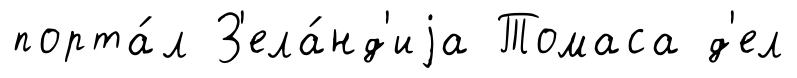
порта́л З'ела́нд'иjа Томаса д'ел